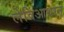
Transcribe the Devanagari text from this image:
लेविआथान